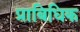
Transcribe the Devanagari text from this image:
प्राबिधिक